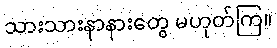
သားသားနာနားတွေ မဟုတ်ကြ။